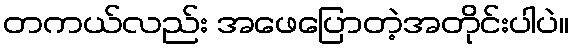
တကယ်လည်း အဖေပြောတဲ့အတိုင်းပါပဲ။